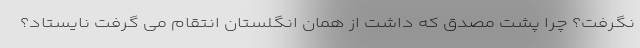
نگرفت؟ چرا پشت مصدق که داشت از همان انگلستان انتقام می گرفت نایستاد؟